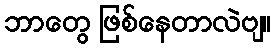
ဘာတွေ ဖြစ်နေတာလဲဗျ။